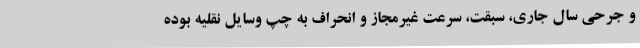
و جرحی سال جاری، سبقت، سرعت غیرمجاز و انحراف به چپ وسایل نقلیه بوده